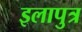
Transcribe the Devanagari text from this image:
इलापुत्र